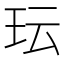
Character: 𬍒